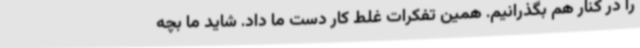
را در کنار هم بگذرانیم. همین تفکرات غلط کار دست ما داد. شاید ما بچه